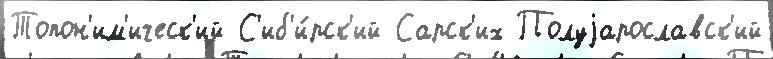
Топон'им'ическ'ий С'иб'и́рск'ий Сарск'их Полуjарославск'ий